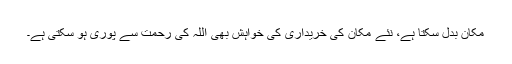
مکان بدل سکتا ہے، نئے مکان کی خریداری کی خواہش بھی اللہ کی رحمت سے پوری ہو سکتی ہے۔